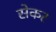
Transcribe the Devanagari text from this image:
सेकर